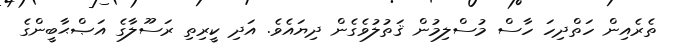
ތެރެއިން ހަތްދިހަ ހާސް މުސްލިމުން ޤަތުލުވެގެން ދިޔައެވެ. އަދި ކީރިތި ރަސޫލާގެ އަޞްޙާބީންގެ